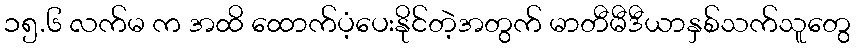
၁၅.၆ လက်မ က အထိ ထောက်ပံ့ပေးနိုင်တဲ့အတွက် မာတီမီဒီယာနှစ်သက်သူတွေ